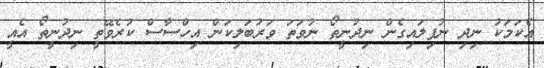
އެކަމަކު ނިދި ނުފިލައިގެން ނިދުނީތޯ ނުވަތަ ވަރުބަލިކަން އިހްސާސް ކުރެވޭތީ ނިދުނީތޯ އެއީ